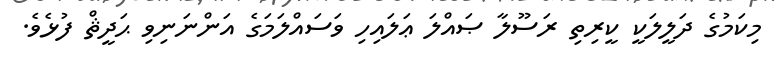
މިކަމުގެ ދަލީލަކީ ކީރިތި ރަސޫލާ ޞައްލަ ޢަލައިހި ވަސައްލަމަގެ އަންނަނިވި ޙަދީޘް ފުޅެވެ.